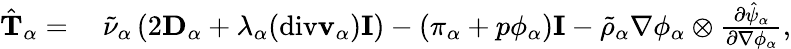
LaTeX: \begin{array}{rl}{\hat{\mathbf{T}}_{\alpha}=}&{~\tilde{\nu}_{\alpha}\left(2\mathbf{D}_{\alpha}+\lambda_{\alpha}(\mathrm{div}\mathbf{v}_{\alpha})\mathbf{I}\right)-(\pi_{\alpha}+p\phi_{\alpha})\mathbf{I}-\tilde{\rho}_{\alpha}\nabla\phi_{\alpha}\otimes\frac{\partial\hat{\psi}_{\alpha}}{\partial\nabla\phi_{\alpha}},}\end{array}